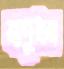
যাদুধন